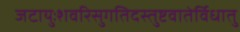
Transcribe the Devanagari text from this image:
जटायुःशवरिसुगतिदस्तुष्टवातेर्विधातु